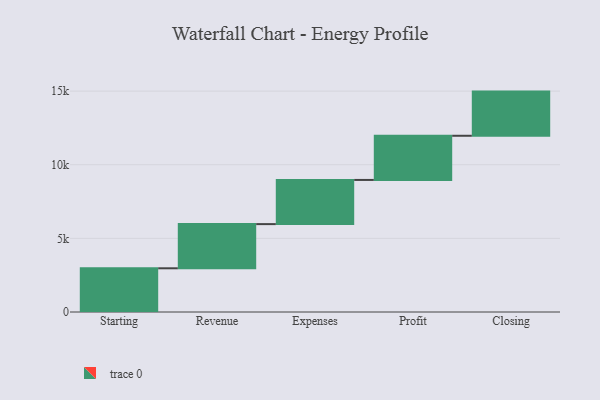
{"axis": {"x": "Step", "y": "Value"}, "legend": [""], "data": [{"x": "Starting", "y": 2969.0, "type": ""}, {"x": "Revenue", "y": 3000, "type": ""}, {"x": "Expenses", "y": 3000, "type": ""}, {"x": "Profit", "y": 3000, "type": ""}, {"x": "Closing", "y": 3000, "type": ""}]}